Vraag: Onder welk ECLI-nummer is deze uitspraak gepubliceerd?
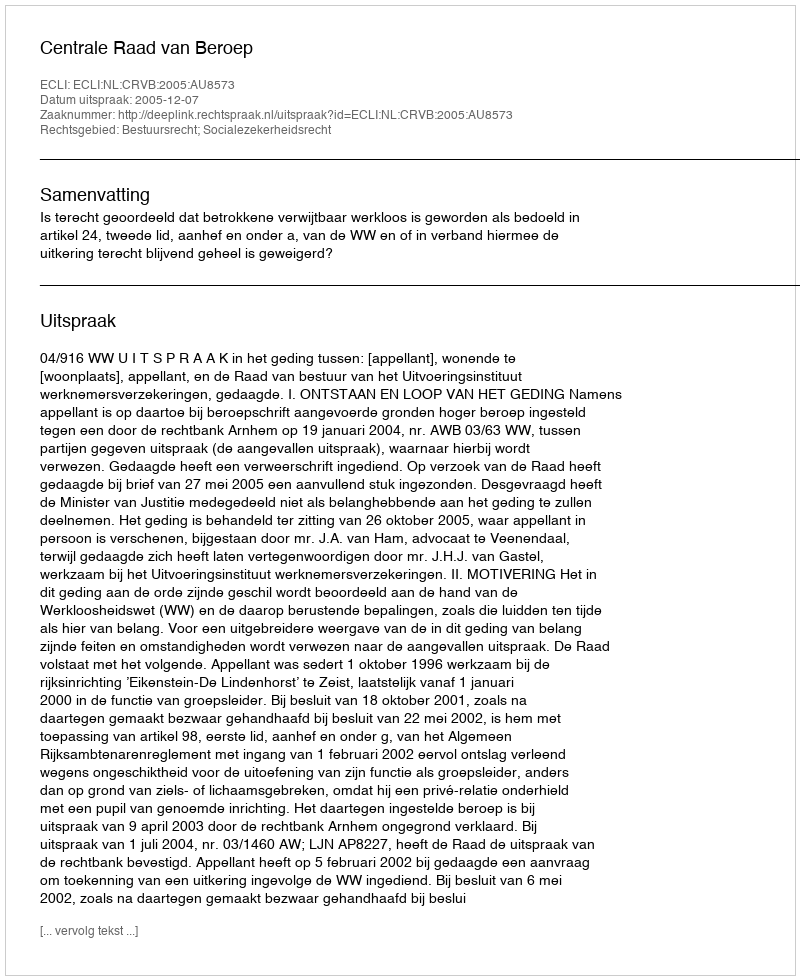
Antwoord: ECLI:NL:CRVB:2005:AU8573